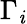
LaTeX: \Gamma_{\mathit{i}}